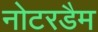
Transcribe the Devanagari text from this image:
नोटरडैम